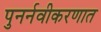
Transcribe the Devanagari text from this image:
पुनर्नवीकरणात